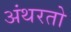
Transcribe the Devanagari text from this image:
अंथरतो